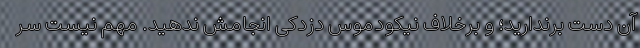
آن دست برندارید؛ و برخلاف نیکودموس دزدکی انجامش ندهید. مهم نیست سر